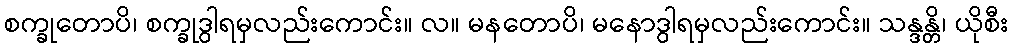
စက္ခုတောပိ၊ စက္ခုဒွါရမှလည်းကောင်း။ လ။ မနတောပိ၊ မနောဒွါရမှလည်းကောင်း။ သန္ဒန္တိ၊ ယိုစီး